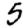
Digit: 5